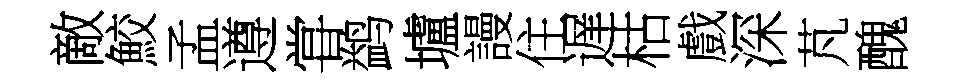
敵鮫孟遵甞鹢壚謾住遅枯戲深芃醜